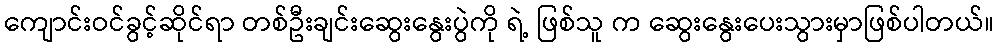
ကျောင်းဝင်ခွင့်ဆိုင်ရာ တစ်ဦးချင်းဆွေးနွေးပွဲကို ရဲ့ ဖြစ်သူ က ဆွေးနွေးပေးသွားမှာဖြစ်ပါတယ်။